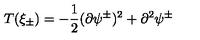
T ( \xi _ { \pm } ) = - \frac { 1 } { 2 } ( \partial \psi ^ { \pm } ) ^ { 2 } + \partial ^ { 2 } \psi ^ { \pm }